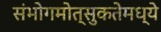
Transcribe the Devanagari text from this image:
संभोगमोत्सुकतेमध्ये